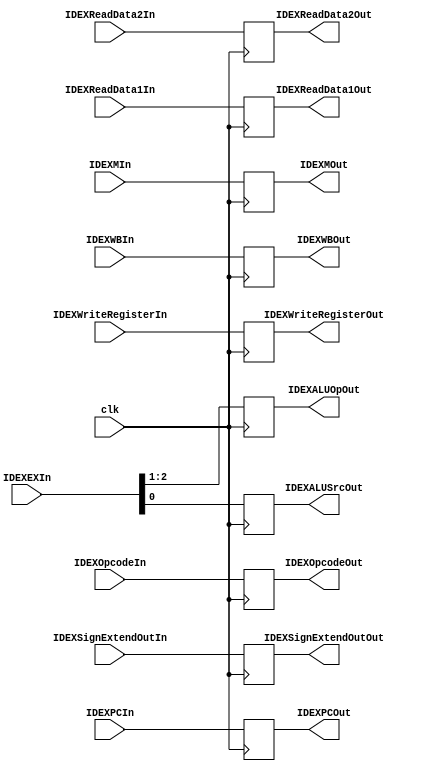
`timescale 1ns / 1ps

module ID_EX(
    input clk,

    input [1:0] IDEXWBIn,
    output reg [1:0] IDEXWBOut,
    
    input [2:0] IDEXMIn,
    output reg [2:0] IDEXMOut,
    
    input [2:0] IDEXEXIn,
    output reg [1:0] IDEXALUOpOut,
    output reg IDEXALUSrcOut,
    
    input [63:0] IDEXPCIn,
    output reg [63:0] IDEXPCOut,
    
    input [63:0] IDEXReadData1In,
    output reg [63:0] IDEXReadData1Out,
    
    input [63:0] IDEXReadData2In,
    output reg [63:0] IDEXReadData2Out,
    
    input [63:0] IDEXSignExtendOutIn,
    output reg [63:0] IDEXSignExtendOutOut,
    
    input [10:0] IDEXOpcodeIn,
    output reg [10:0] IDEXOpcodeOut,
    
    input [4:0]IDEXWriteRegisterIn,
    output reg [4:0] IDEXWriteRegisterOut
    );
    
    always @(posedge clk)
    begin
        IDEXWBOut <= IDEXWBIn;
        IDEXMOut <= IDEXMIn;
        IDEXALUOpOut <= IDEXEXIn[2:1];
        IDEXALUSrcOut <= IDEXEXIn[0];
        
        IDEXPCOut <= IDEXPCIn;
        IDEXReadData1Out <= IDEXReadData1In;
        IDEXReadData2Out <= IDEXReadData2In;
        IDEXSignExtendOutOut <= IDEXSignExtendOutIn;
        IDEXOpcodeOut <= IDEXOpcodeIn;
        IDEXWriteRegisterOut <= IDEXWriteRegisterIn;
    end
endmodule